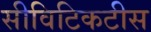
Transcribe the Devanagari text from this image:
सीविटिकटीस